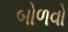
બોળવો